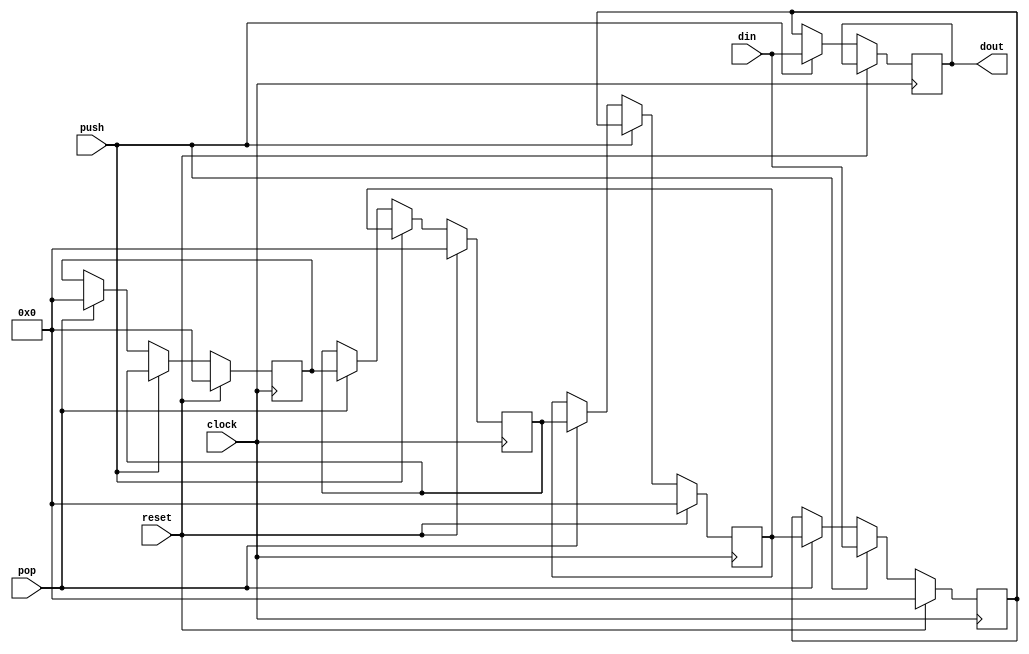
module cjb_nbit_4loc_stack_v (push, pop, reset, clock, din, dout);

// Input and output ports
parameter           n = 8;

input               push, pop, reset, clock;
input       [n-1:0] din;
output reg  [n-1:0] dout;

// Internal registered signals
reg [n-1:0] tos, tos1, tos2, tos3;

// Behavioral description
always @(posedge clock) begin
  if (reset) begin tos = 8'h00; tos1 = 8'h00; tos2 = 8'h00; tos3 = 8'h00; end
  else if (push) begin tos3 = tos2; tos2 = tos1; tos1 = tos; tos = din; dout = din; end
  else if (pop) begin dout = tos; tos = tos1; tos1 = tos2; tos2 = tos3; tos3 = 8'h00; end
  else begin tos = tos; tos1 = tos1; tos2 = tos2; tos3 = tos3; dout = tos; end
end

endmodule